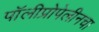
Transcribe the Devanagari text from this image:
पॉलीप्रोपेलीनचा